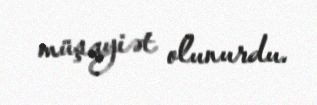
müşayiət olunurdu.